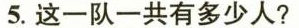
5.这一队一共有多少人?